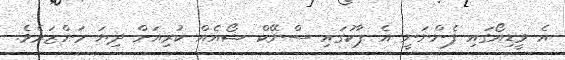
އެ ވީޑިއޯގައި ފެންނަނީ އެ ޕާކުގައި ސްނޭކް ޝޯއެއް ކުރިއަށް ދިޔަ މަންޒަރެވެ.